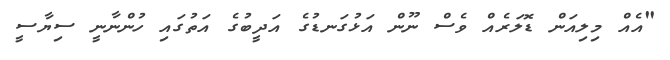
"އެއް މިލިއަން ޑޮލަރެއް ވެސް ނޫން އަޅުގަނޑުގެ އަދީބުގެ އަތުގައި ހުންނާނީ ސިޔާސީ